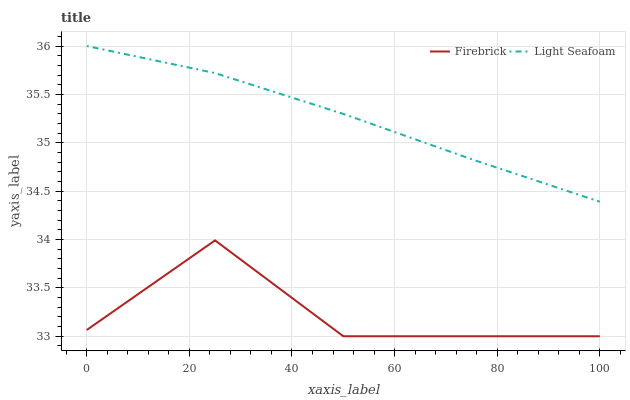
| xaxis_label | Firebrick | Light Seafoam |
 | --- | --- | --- |
 | 0 | 33.1 | 36 |
 | 25 | 34 | 35.7 |
 | 50 | 33 | 35.3 |
 | 75 | 33 | 34.8 |
 | 100 | 33 | 34.4 |